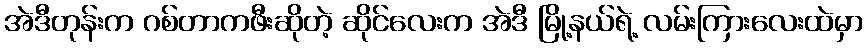
အဲဒီတုန်းက ဂစ်တာကဖီးဆိုတဲ့ ဆိုင်လေးက အဲဒီ မြို့နယ်ရဲ့ လမ်းကြားလေးထဲမှာ